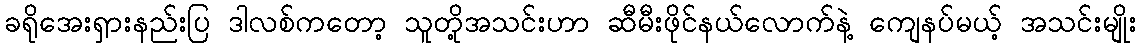
ခရိုအေးရှားနည်းပြ ဒါလစ်ကတော့ သူတို့အသင်းဟာ ဆီမီးဖိုင်နယ်လောက်နဲ့ ကျေနပ်မယ့် အသင်းမျိုး